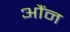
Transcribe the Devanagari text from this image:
औंन